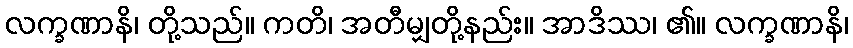
လက္ခဏာနိ၊ တို့သည်။ ကတိ၊ အတီမျှတို့နည်း။ အာဒိဿ၊ ၏။ လက္ခဏာနိ၊